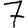
Digit: 7